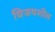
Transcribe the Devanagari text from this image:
विजयशील